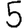
Digit: 5